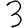
Digit: 3